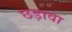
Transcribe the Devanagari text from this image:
छड़ावा